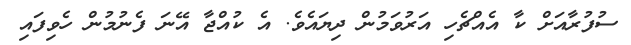
ސުފުރާއަށް ކާ އެއްޗެހި އަރުވަމުން ދިޔައެވެ. އެ ކުއްޖާ އޭނަ ފެނުމުން ހެވިފައި